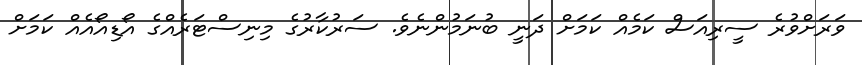
ވަރަށްވުރެ ސީރިއަސް ކަމެއް ކަމަށް ދަނީ ބުނަމުންނެވެ. ސަރުކާރުގެ މިނިސްޓަރެއްގެ އޯޑިއޯއެއް ކަމަށް